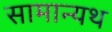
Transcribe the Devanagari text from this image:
सामान्यथ